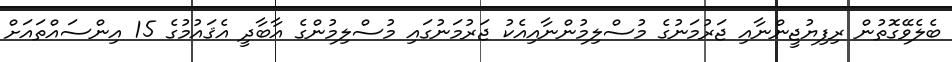
ބެލެވޭގޮތުން ރިފިޔުޖީންނާއި ޖަރުމަނުގެ މުސްލިމުންނާއިއެކު ޖަރުމަނުގައިި މުސްލިމުންގެ އާބާދީ އެޤައުމުގެ 15 އިންސައްތައަށް